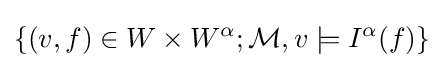
\{(v,f)\in W\times W^{\alpha };{\mathcal {M}},v\models I^{\alpha }(f)\}